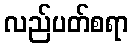
လည်ပတ်စရာ